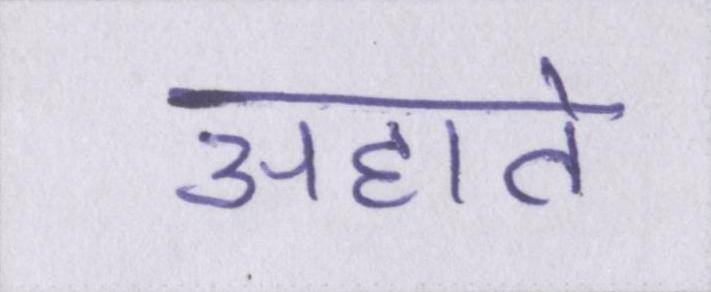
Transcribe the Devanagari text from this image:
अहाते